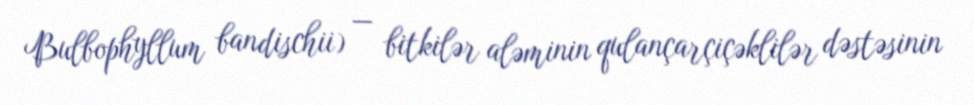
Bulbophyllum bandischii) — bitkilər aləminin qulançarçiçəklilər dəstəsinin